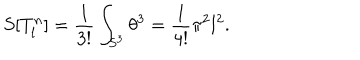
S [ T _ { l } ^ { n } ] = \frac 1 { 3 ! } \int _ { S ^ { 3 } } \theta ^ { 3 } = \frac 1 { 4 ! } \pi ^ { 2 } l ^ { 2 } .